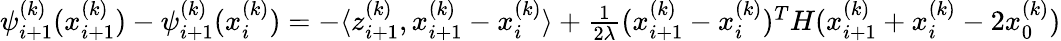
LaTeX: \begin{array}{r}{\psi_{i+1}^{(k)}(x_{i+1}^{(k)})-\psi_{i+1}^{(k)}(x_{i}^{(k)})=-\langle z_{i+1}^{(k)},x_{i+1}^{(k)}-x_{i}^{(k)}\rangle+\frac{1}{2\lambda}(x_{i+1}^{(k)}-x_{i}^{(k)})^{T}H(x_{i+1}^{(k)}+x_{i}^{(k)}-2x_{0}^{(k)})}\end{array}